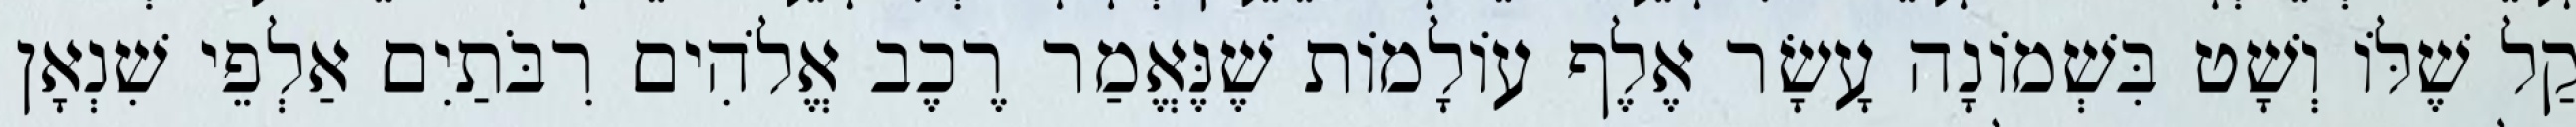
קַל שֶׁלּוֹ וְשָׁט בִּשְׁמוֹנָה עָשָׂר אֶלֶף עוֹלָמוֹת שֶׁנֶּאֱמַר רֶכֶב אֱלֹהִים רִבֹּתַיִם אַלְפֵי שִׁנְאָן